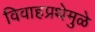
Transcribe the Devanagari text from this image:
विवाहप्रथेमुळे